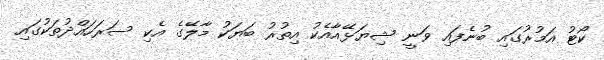
ކޯޓު އަމުރުގައި ބުނެފައި ވަނީ ޝިޔަޅޭއާއެކު އިތުރު ބަޔަކު މާލޭގެ އެކި ސަރަހައްދުތަކުގައި